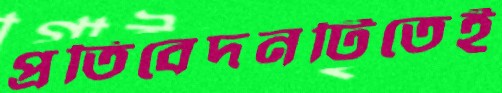
প্রতিবেদনটিতেই